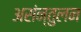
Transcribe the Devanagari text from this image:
असंन्तुलन